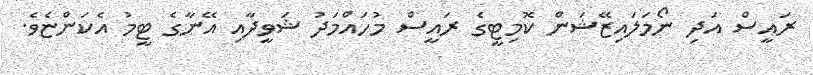
ރައީސް އަދި ނޯމަލައިޒޭޝަން ކޮމިޓީގެ ރައީސް މުހައްމަދު ޝަވީދާއި އޭނާގެ ޓީމު އެކަންޏެވެ.